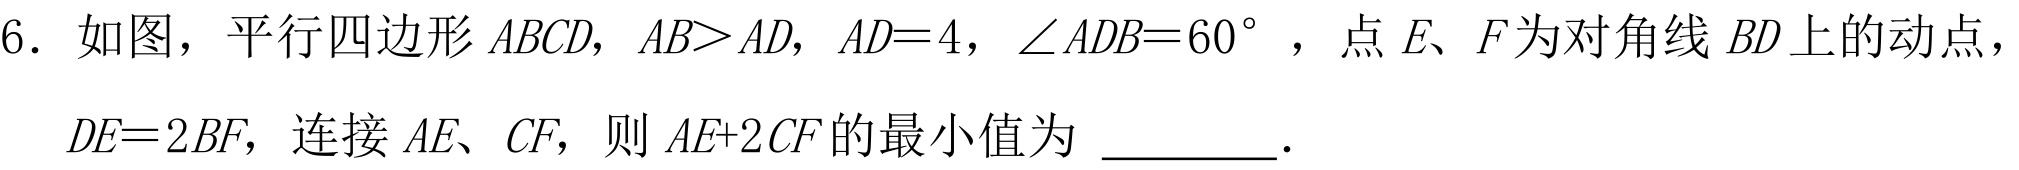
6. 如图，平行四边形\(ABCD\)，\(AB > AD\)，\(AD = 4\)，\(\angle ADB = 60^{\circ}\)，点\(E、F\)为对角线\(BD\)上的动点，\(DE = 2BF\)，连接\(AE、CF\)，则\(AE + 2CF\)的最小值为 \_\_\_\_\_ ．